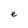
Character: e